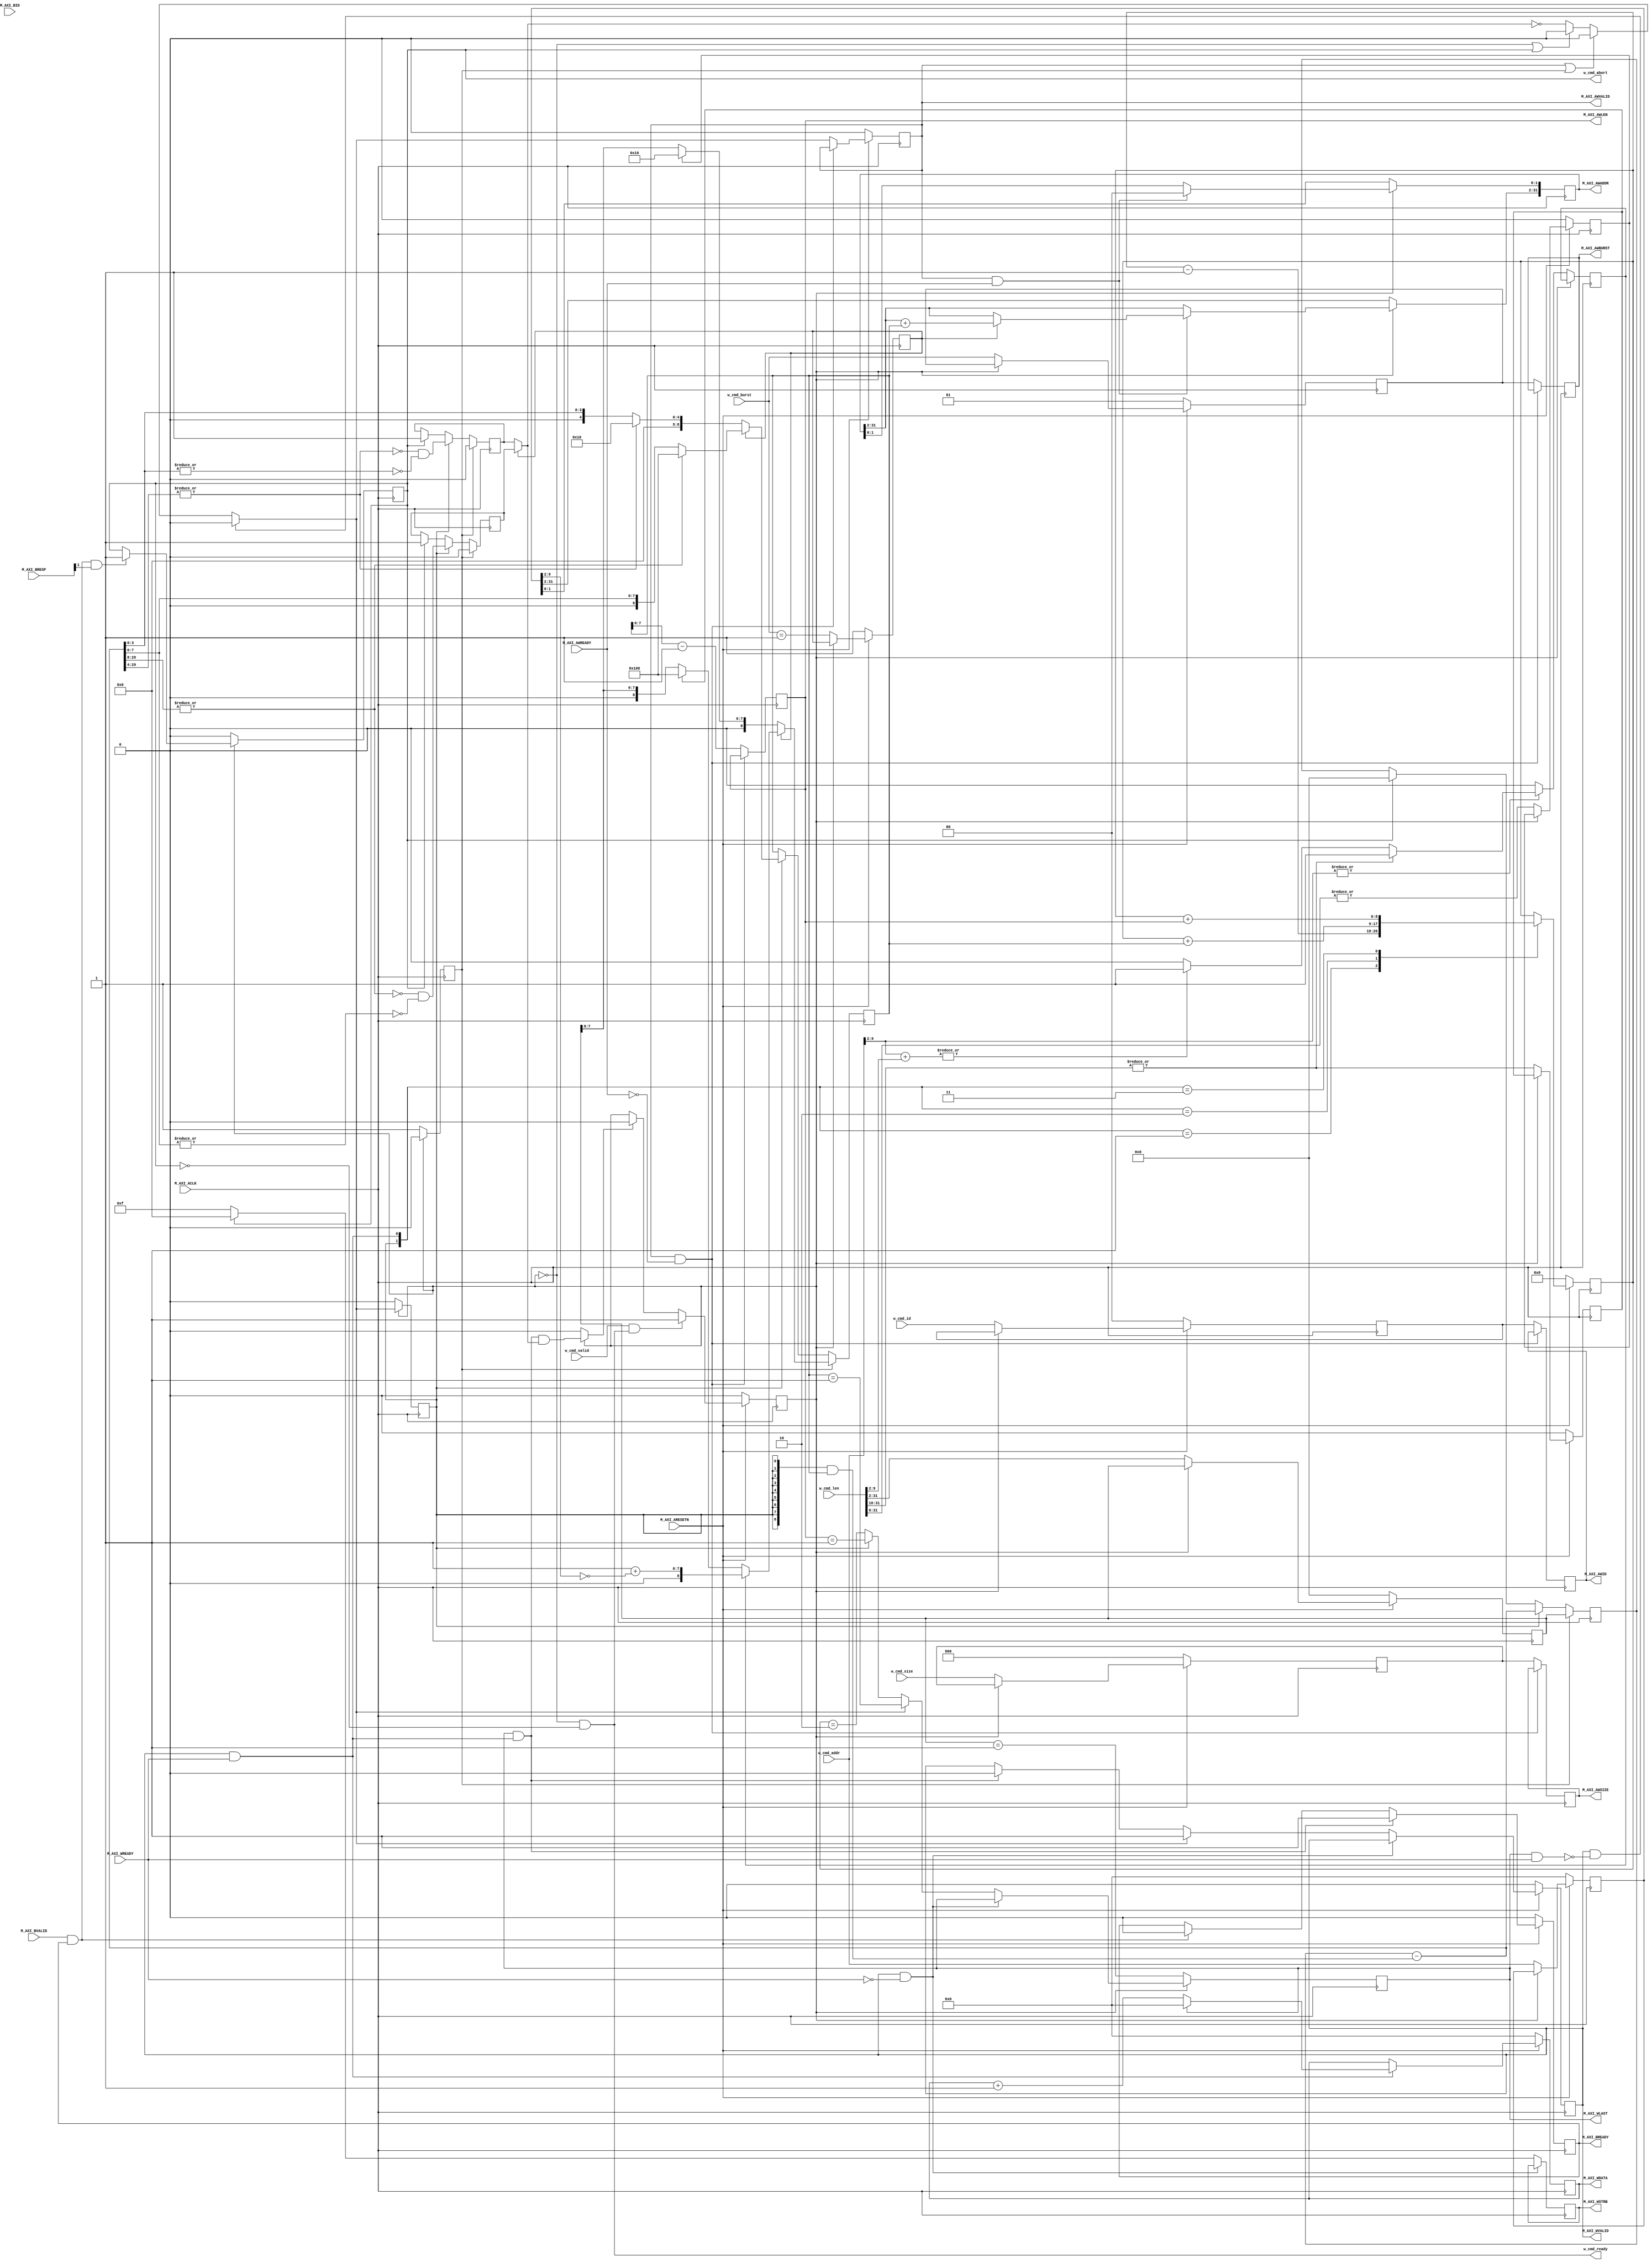
module axi_master_write #(
    parameter AXI_ID_WD   = 2,
    parameter AXI_DATA_WD = 32,
    parameter AXI_ADDR_WD = 32,
    parameter AXI_STRB_WD = 4
)(
    input                      M_AXI_ACLK,
    input                      M_AXI_ARESETN,    

    input                      w_cmd_valid,
    input  [AXI_ADDR_WD-1 : 0] w_cmd_addr,
    input  [AXI_ID_WD-1   : 0] w_cmd_id,
    input  [1 : 0]             w_cmd_burst,
    input  [2 : 0]             w_cmd_size,
    input  [AXI_ADDR_WD-1 : 0] w_cmd_len,
    output                     w_cmd_ready,
    output                     w_cmd_abort,

    output [AXI_ADDR_WD-1 : 0] M_AXI_AWADDR,
    output [AXI_ID_WD-1   : 0] M_AXI_AWID,
    output [1 : 0]             M_AXI_AWBURST,
    output [2 : 0]             M_AXI_AWSIZE,
    output [7 : 0]             M_AXI_AWLEN,
    output                     M_AXI_AWVALID,
    input                      M_AXI_AWREADY,

    output [AXI_DATA_WD-1 : 0] M_AXI_WDATA,
    output                     M_AXI_WLAST,
    output [AXI_STRB_WD-1 : 0] M_AXI_WSTRB,
    output                     M_AXI_WVALID,
    input                      M_AXI_WREADY,

    input  [AXI_ID_WD-1   : 0] M_AXI_BID,
    input  [1 : 0]             M_AXI_BRESP,
    input                      M_AXI_BVALID,
    output                     M_AXI_BREADY
);

localparam IW = AXI_ID_WD,
           DW = AXI_DATA_WD,
           AW = AXI_ADDR_WD,
           SW = AXI_STRB_WD;

localparam FIXED     = 2'b00,
           INCREMENT = 2'b01,
           WRAP      = 2'b10;

localparam ADDRLSB           = $clog2(DW) - 3;
localparam T_LGMAXBURST      = $clog2((4096 << 3) / DW);
localparam LGMAXBURST        = (T_LGMAXBURST < 8) ? T_LGMAXBURST : 8;
localparam LGMAX_FIXED_BURST = (T_LGMAXBURST < 4) ? T_LGMAXBURST : 4;
localparam AWT               = AW - ADDRLSB;

// instrumental variable
reg w_busy;
reg w_complete_combo;
reg pre_start;
reg start_burst_combo;
reg phantom_start;

// updata when !w_busy
reg [AW-1  : 0] awaddr;
reg [IW-1  : 0] awid;
reg [AWT-1 : 0] awlent;
reg [1 : 0]     awburst;
reg [2 : 0]     awsize;

reg aw_incr_burst;
reg aw_full_incr_burst;
reg aw_full_fixed_burst;
reg aw_needs_alignment;

// outputs in regs
reg            axi_awvalid;
reg [IW-1 : 0] axi_awid;
reg [AW-1 : 0] axi_awaddr;
reg [1 : 0]    axi_awburst;
reg [7 : 0]    axi_awlen;
reg [2 : 0]    axi_awsize;
reg [DW-1 : 0] axi_wdata;
reg [SW-1 : 0] axi_wstrb;
reg            axi_wlast;
reg            axi_wvalid;
reg            axi_bready;

// updata when phantom_start
reg [AWT-1 : 0] aw_requests_remaining;
reg [AWT-1 : 0] aw_next_remaining_combo;

reg aw_next_full_incr_burst_remaining_combo;
reg aw_none_incr_burst_remaining;
reg aw_none_incr_burst_remaining_combo;
reg aw_next_full_fixed_burst_remaining_combo;
reg aw_none_fixed_burst_remaining;
reg aw_none_fixed_burst_remaining_combo;

// first burst
reg [LGMAXBURST-1 : 0] addr_align_combo;
reg [LGMAXBURST   : 0] initial_burst_len_combo;

reg [LGMAXBURST   : 0] wr_max_burst;
reg [LGMAXBURST   : 0] wr_beats_cnt;

// error
reg axi_abort_pending;

wire w_fire     = w_cmd_valid   && w_cmd_ready;
wire awfire     = M_AXI_AWVALID && M_AXI_AWREADY;
wire wfire      = M_AXI_WVALID  && M_AXI_WREADY;
wire bfire      = M_AXI_BVALID  && M_AXI_BREADY;
wire last_wfire = M_AXI_WLAST   && wfire;
wire aw_pending = M_AXI_AWVALID && !M_AXI_AWREADY;
wire w_pending  = M_AXI_WVALID  && !M_AXI_WREADY;

// w_busy
always @(posedge M_AXI_ACLK) begin
    if (!M_AXI_ARESETN) begin
        w_busy <= 1'b0;
    end
    else if (w_fire) begin
        w_busy <= 1'b1;
    end
    else if (w_complete_combo) begin
        w_busy <= 1'b0;
    end
end

// pre_start
always @(posedge M_AXI_ACLK) begin
    if (!w_busy) begin
        pre_start <= 1'b1;
    end
    else begin
        pre_start <= 1'b0;
    end
end

// start_burst_combo
always @(*) begin
    start_burst_combo = !(aw_incr_burst ? aw_none_incr_burst_remaining : aw_none_fixed_burst_remaining);
    if (!w_busy || axi_abort_pending) begin
        start_burst_combo = 1'b0;
    end
    if (axi_awvalid || pre_start) begin
        start_burst_combo = 1'b0;
    end
    if (M_AXI_WVALID && !(M_AXI_WLAST && M_AXI_WREADY)) begin
        start_burst_combo = 1'b0;
    end
end

// phantom_start
always @(posedge M_AXI_ACLK) begin
    if (!w_busy) begin
        phantom_start <= 1'b0;
    end
    else begin
        phantom_start <= start_burst_combo;
    end
end

// axi_awvalid
always @(posedge M_AXI_ACLK) begin
    if (!M_AXI_ARESETN) begin
        axi_awvalid <= 1'b0;
    end
    else if (!aw_pending) begin
        axi_awvalid <= start_burst_combo;
    end
end

// w_complete_combo
always @(*) begin
    if (!w_busy) begin
        w_complete_combo = 1'b0;
    end
    else begin
        w_complete_combo = last_wfire && (aw_incr_burst ? aw_none_incr_burst_remaining : aw_none_fixed_burst_remaining);
    end
end

// axi_abort_pending
always @(posedge M_AXI_ACLK) begin
    if (!w_busy) begin
        axi_abort_pending <= 1'b0;
    end
    else if (bfire && M_AXI_BRESP[1]) begin
        axi_abort_pending <= 1'b1;
    end
end

// regist data
always @(posedge M_AXI_ACLK) begin
    if (!M_AXI_ARESETN) begin
        awburst <= INCREMENT;
        awsize  <= 'b0;
        awlent  <= 'b0;
        awid    <= 'b0;
        awaddr  <= 'b0;

        aw_incr_burst       <= 1'b1;
        aw_full_incr_burst  <= 1'b0;
        aw_full_fixed_burst <= 1'b0; 
    end
    else if (!w_busy) begin 
        awburst <= w_cmd_burst;
        awsize  <= w_cmd_size;
        awlent  <= w_cmd_len[AW-1 : ADDRLSB];
        awid    <= w_cmd_id;
        awaddr  <= w_cmd_addr;

        aw_incr_burst       <= (w_cmd_burst == INCREMENT);
        aw_full_incr_burst  <= |w_cmd_len[AW-1 : (ADDRLSB+LGMAXBURST)];
        aw_full_fixed_burst <= |w_cmd_len[AW-1 : (ADDRLSB+LGMAX_FIXED_BURST)];
    end
end

// axi_awburst, axi_awid, axi_awsize
always @(posedge M_AXI_ACLK) begin
    if (!aw_pending) begin
        axi_awburst <= awburst;
        axi_awid    <= awid;
        axi_awsize  <= awsize;
    end
end

// aw_needs_alignment
always @(posedge M_AXI_ACLK) begin
    if (!w_busy) begin
        aw_needs_alignment <= 1'b0;
        if (|w_cmd_addr[(ADDRLSB+LGMAXBURST-1) : ADDRLSB]) begin
            if (|w_cmd_len[AW-1 : (LGMAXBURST+ADDRLSB)]) begin
                aw_needs_alignment <= 1'b1;
            end
            else if (|(w_cmd_addr[(ADDRLSB+LGMAXBURST-1) : ADDRLSB] + w_cmd_len[(ADDRLSB+LGMAXBURST-1) : ADDRLSB])) begin
                aw_needs_alignment <= 1'b1;
            end
        end
    end
end

// initial_burst_len_combo
always @(*) begin
    // awaddr[ADDRLSB + : LGMAXBURST] + (1 + ~awaddr[ADDRLSB + : LGMAXBURST]) = 'b0; 
    addr_align_combo        = 1'b1 + (~awaddr[(ADDRLSB+LGMAXBURST-1) : ADDRLSB]);
    initial_burst_len_combo = (1 << LGMAXBURST);
    if (!aw_incr_burst) begin
        initial_burst_len_combo = (1 << LGMAX_FIXED_BURST);
        if (!aw_full_fixed_burst) begin
            initial_burst_len_combo = {1'b0, awlent[LGMAXBURST-1 : 0]};
        end
    end
    else if (aw_needs_alignment) begin
        initial_burst_len_combo = {1'b0, addr_align_combo};
    end
    else if (!aw_full_incr_burst) begin
        initial_burst_len_combo = {1'b0, awlent[LGMAXBURST-1 : 0]};
    end
end

// wr_max_burst
always @(posedge M_AXI_ACLK) begin
    if (pre_start) begin
        wr_max_burst <= initial_burst_len_combo;
    end
    else if (phantom_start) begin
        if (aw_incr_burst) begin
            if (!aw_next_full_incr_burst_remaining_combo) begin
                wr_max_burst <= {1'b0, aw_next_remaining_combo[7 : 0]};
            end
            else begin
                wr_max_burst <= (1 << LGMAXBURST);
            end
        end
        else begin
            if (!aw_next_full_fixed_burst_remaining_combo) begin
                wr_max_burst <= {4'b0, aw_next_remaining_combo[3 : 0]};
            end
            else begin
                wr_max_burst <= (1 << LGMAX_FIXED_BURST);
            end
        end
    end
end

always @(posedge M_AXI_ACLK) begin
    if (!aw_pending) begin
        axi_awlen <= wr_max_burst - 1'b1;
    end
end

// updata when phantom_start
always @(posedge M_AXI_ACLK) begin
    if (pre_start) begin
        aw_requests_remaining         <= awlent;
        aw_none_incr_burst_remaining  <= 1'b0;
        aw_none_fixed_burst_remaining <= 1'b0;
    end
    else if (phantom_start) begin
        aw_requests_remaining         <= aw_next_remaining_combo;
        aw_none_incr_burst_remaining  <= aw_none_incr_burst_remaining_combo;
        aw_none_fixed_burst_remaining <= aw_none_fixed_burst_remaining_combo;
    end
    else if (axi_abort_pending) begin
        aw_requests_remaining         <= 'b0;
        aw_none_incr_burst_remaining  <= 1'b1;
        aw_none_fixed_burst_remaining <= 1'b1;
    end
end

always @(*) begin
    // aw_requests_remaining - (M_AXI_ARLEN + 1)
    aw_next_remaining_combo                  = aw_requests_remaining - ({(LGMAXBURST+1){phantom_start}} & wr_max_burst);
    aw_next_full_incr_burst_remaining_combo  = |aw_next_remaining_combo[AWT-1 : LGMAXBURST];
    aw_next_full_fixed_burst_remaining_combo = |aw_next_remaining_combo[AWT-1 : LGMAX_FIXED_BURST];
    aw_none_incr_burst_remaining_combo       = !aw_next_full_incr_burst_remaining_combo && !(|aw_next_remaining_combo[LGMAXBURST-1 : 0]);
    aw_none_fixed_burst_remaining_combo      = !aw_next_full_fixed_burst_remaining_combo && !(|aw_next_remaining_combo[LGMAX_FIXED_BURST-1 : 0]);
end

// axi_awaddr
always @(posedge M_AXI_ACLK) begin
    if (!w_busy) begin
        axi_awaddr <= awaddr;
    end
    else if (awfire) begin
        axi_awaddr[ADDRLSB-1 : 0] <= 'b0;
        if (aw_incr_burst) begin
            axi_awaddr[AW-1 : ADDRLSB] <=axi_awaddr[AW-1 : ADDRLSB] + wr_max_burst; 
        end
    end
end

// axi_wvalid
always @(posedge M_AXI_ACLK) begin
    if (!M_AXI_ARESETN) begin
        axi_wvalid <= 1'b0;
    end
    else if (!w_pending) begin
        if (last_wfire) begin
            axi_wvalid <= 1'b0;
        end
        if (start_burst_combo) begin
            axi_wvalid <= 1'b1;
        end
    end
end

// wr_beats_cnt
always @(posedge M_AXI_ACLK) begin
    if (!M_AXI_ARESETN) begin
        wr_beats_cnt  <= 'b0;
    end
    else begin
        case ({phantom_start,  wfire})
            2'b00: begin end
            2'b01: begin
                wr_beats_cnt  <= wr_beats_cnt - 1'b1;
            end
            2'b10: begin
                wr_beats_cnt  <= wr_beats_cnt + wr_max_burst;
            end
            2'b11: begin
                wr_beats_cnt  <= wr_beats_cnt + M_AXI_AWLEN;
            end
        endcase
    end
end

// axi_wdata
always @(posedge M_AXI_ACLK) begin
    if (!M_AXI_ARESETN) begin
        axi_wdata <= 'b0;
    end
    else if (wfire) begin
        axi_wdata <= axi_wdata + 1'b1;
        if (M_AXI_WLAST) begin
            axi_wdata <= 'b0;
        end
    end
end

// axi_wlast
always @(posedge M_AXI_ACLK) begin
    if (!w_busy) begin
        axi_wlast <= (awlent == 'b1);
    end
    else if (!w_pending) begin
        if (start_burst_combo) begin
            axi_wlast <= (wr_max_burst == 'b1);
        end
        else if (phantom_start) begin
            axi_wlast <= (M_AXI_AWLEN == 'b1);
        end
        else begin
            axi_wlast <= (wr_beats_cnt == 2);
        end
    end
end

// axi_wstrb
always @(posedge M_AXI_ACLK) begin
    if (!w_pending) begin
        axi_wstrb <= axi_abort_pending ? 'b0 : {SW{1'b1}};
    end
end 

// axi_bready
always @(posedge M_AXI_ACLK) begin
    if (!M_AXI_ARESETN) begin
        axi_bready <= 1'b0;
    end 
    else if (last_wfire) begin
        axi_bready <= 1'b1;
    end
    else if (bfire) begin
        axi_bready <= 1'b0;
    end
end

assign w_cmd_ready   = !w_busy && !axi_abort_pending;
assign w_cmd_abort   = axi_abort_pending;

assign M_AXI_AWVALID = axi_awvalid;
assign M_AXI_AWADDR  = axi_awaddr;
assign M_AXI_AWID    = axi_awid;
assign M_AXI_AWBURST = axi_awburst;
assign M_AXI_AWSIZE  = axi_awsize;
assign M_AXI_AWLEN   = axi_awlen;

assign M_AXI_WVALID  = axi_wvalid;
assign M_AXI_WDATA   = axi_wdata;
assign M_AXI_WSTRB   = axi_wstrb;
assign M_AXI_WLAST   = axi_wlast;

assign M_AXI_BREADY  = axi_bready;

endmodule